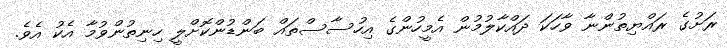
ރަށުގެ ރައްޔިތުންނާ ވާހަކަ ދައްކާލުމުން އެމީހުންގެ އިހުސާސްތައް ބަންޑުންކޮށްލީ ހިނިތުންވުމާ އެކު އެވެ.